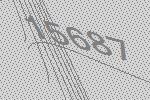
15687